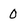
Character: 0